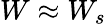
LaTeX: W\approx W_{s}